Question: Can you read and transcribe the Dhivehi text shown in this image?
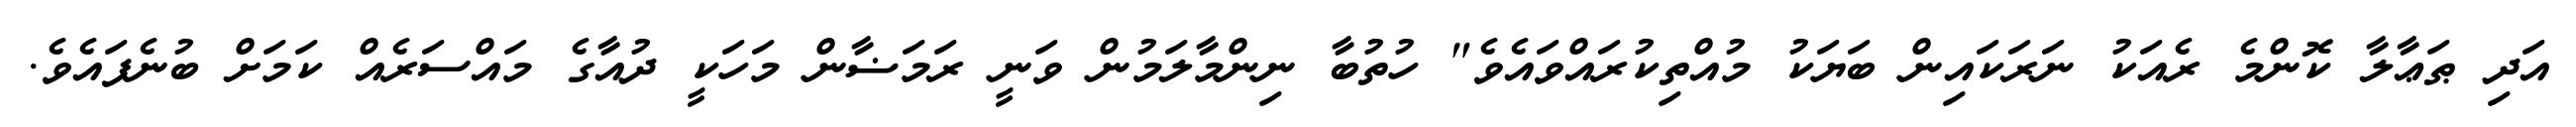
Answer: އަދި ޠަޢާލާ ކޮންމެ ރެއަކު ނަރަކައިން ބަޔަކު މުއްތިކުރައްވައެވެ" ހުތުބާ ނިންމާލަމުން ވަނީ ރަމަޟާން މަހަކީ ދުއާގެ މައްސަރެއް ކަމަށް ބުނެފައެވެ.